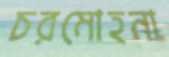
চরমোহনা